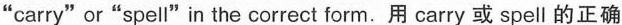
"carry"or"spell"in the correct form.用 carry 或 spell 的正确